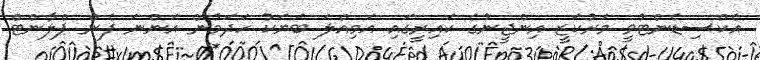
އެކްސިޑެންޓުވީ މަރުކަޒީ އިންޖީނުގެ ކައިރީގައި އަމިއްލަ ބަޔަކު ހަދަމުން އަންނަ ފެން ޕްލާންޓް